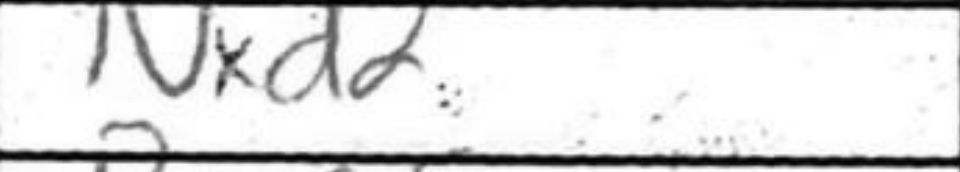
Transcription: Nxd2